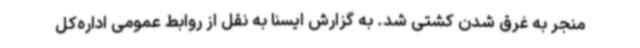
منجر به غرق شدن کشتی شد. به گزارش ایسنا به نقل از روابط عمومی اداره‌کل